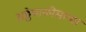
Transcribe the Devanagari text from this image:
अठ्ठेचाळीसाव्या